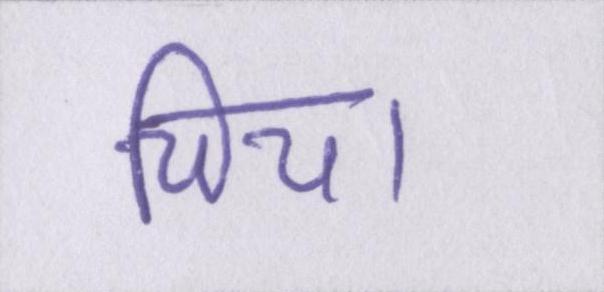
चिया